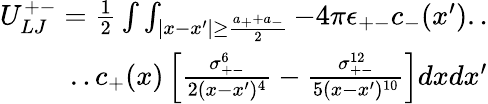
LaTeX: \begin{array}{r}{U_{LJ}^{+-}=\frac{1}{2}\int\int_{|x-x^{\prime}|\geq\frac{a_{+}+a_{-}}{2}}-4\pi\epsilon_{+-}c_{-}(x^{\prime})..}\\ {..c_{+}(x)\left[\frac{\sigma_{+-}^{6}}{2(x-x^{\prime})^{4}}-\frac{\sigma_{+-}^{12}}{5(x-x^{\prime})^{10}}\right]dxdx^{\prime}}\end{array}